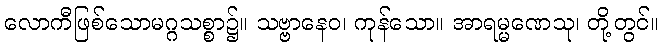
လောကီဖြစ်သောမဂ္ဂသစ္စာ၌။ သဗ္ဗာနေဝ၊ ကုန်သော။ အာရမ္မဏေသု၊ တို့တွင်။